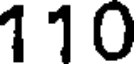
110